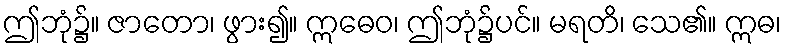
ဤဘုံ၌။ ဇာတော၊ ဖွား၍။ ဣဓေဝ၊ ဤဘုံ၌ပင်။ မရတိ၊ သေ၏။ ဣဓ၊